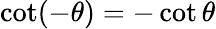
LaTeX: \cot(-\theta)=-\cot\theta